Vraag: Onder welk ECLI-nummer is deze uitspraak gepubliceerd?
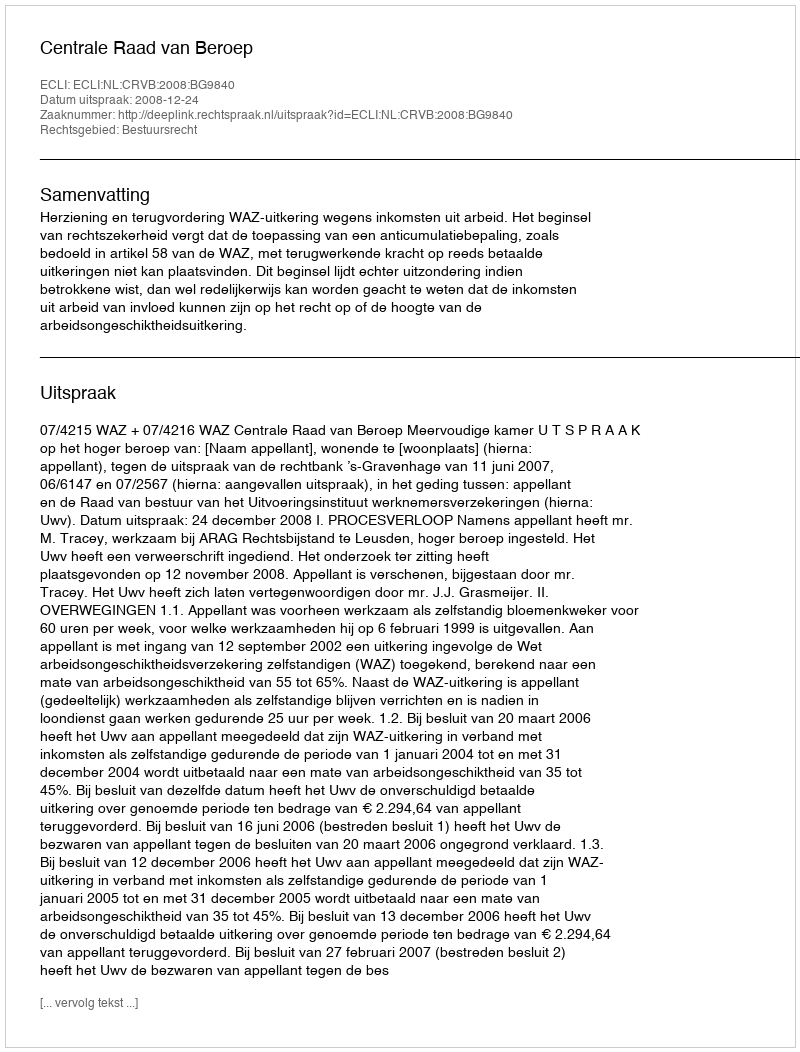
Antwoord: ECLI:NL:CRVB:2008:BG9840